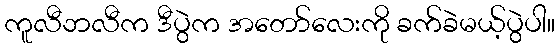
ကူလီဘလီက ဒီပွဲက အတော်လေးကို ခက်ခဲမယ့်ပွဲပါ။